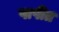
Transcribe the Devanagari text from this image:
पापीत